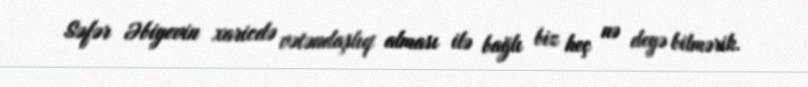
Səfər Əbiyevin xaricdə vətəndaşlıq alması ilə bağlı biz heç nə deyə bilmərik.